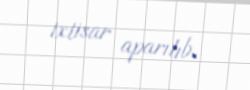
ixtisar aparılıb.